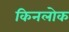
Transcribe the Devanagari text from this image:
किनलोक